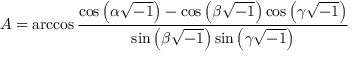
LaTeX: A = \operatorname { a r c c o s } { \frac { \cos \left( \alpha { \sqrt { - 1 } } \right) - \cos \left( \beta { \sqrt { - 1 } } \right) \cos \left( \gamma { \sqrt { - 1 } } \right) } { \sin \left( \beta { \sqrt { - 1 } } \right) \sin \left( \gamma { \sqrt { - 1 } } \right) } }